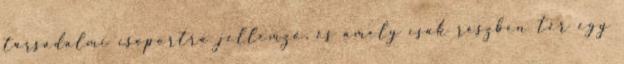
társadalmi csoportra jellemző, és amely csak részben tér egy